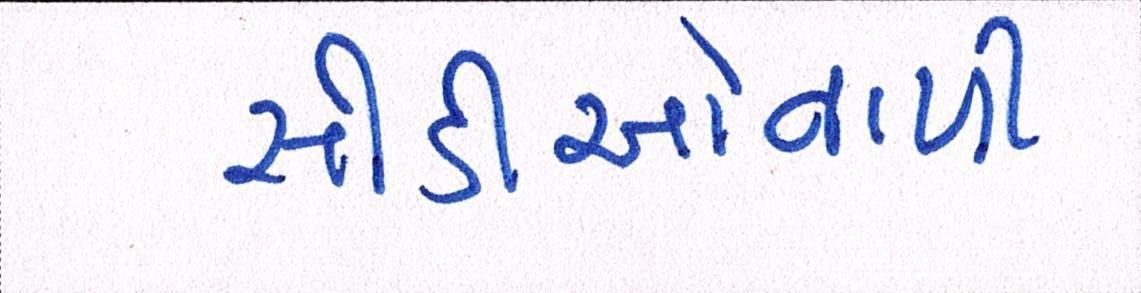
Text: સીડીઓવાળી